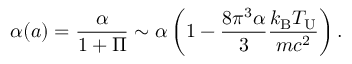
\alpha ( a ) = \frac { \alpha } { 1 + \Pi } \sim \alpha \left( 1 - \frac { 8 \pi ^ { 3 } \alpha } { 3 } \frac { k _ { \mathrm { B } } T _ { \mathrm { U } } } { m c ^ { 2 } } \right) .